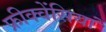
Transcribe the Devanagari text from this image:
फ्रीक्वेंसियां